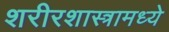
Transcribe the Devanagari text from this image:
शरीरशास्त्रामध्ये